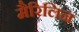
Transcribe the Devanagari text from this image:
मैरिलिन